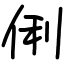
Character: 俐